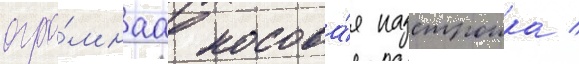
огро́мнаа носова́я надстроика /